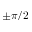
\pm \pi / 2